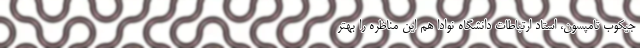
جیکوب تامپسون، استاد ارتباطات دانشگاه نوادا هم این مناظره را بهتر